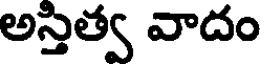
అస్తిత్వ వాదం